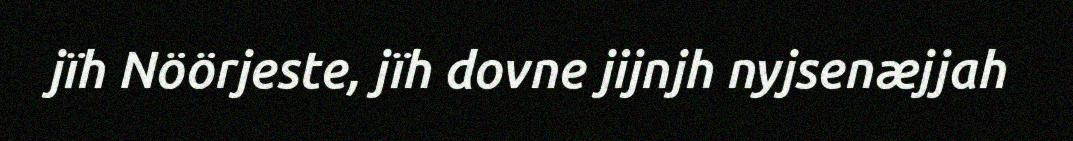
jïh Nöörjeste, jïh dovne jijnjh nyjsenӕjjah